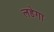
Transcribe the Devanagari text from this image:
लडेगा